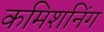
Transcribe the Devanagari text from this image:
कमिशनिंग